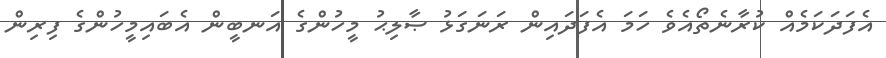
އެފަދަކަމެއް ކުރާނެތޯއެވެ ހަމަ އެފަދައިން ރަނަގަޅު ޞާލިޙު މީހުންގެ އަނބީން އެބައިމީހުންގެ ފިރިން